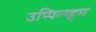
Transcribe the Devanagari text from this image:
उप्पिन्ग्हम